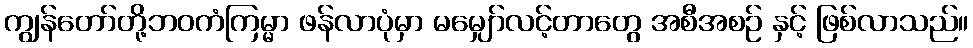
ကျွန်တော်တို့ဘဝကံကြမ္မာ ဖန်လာပုံမှာ မမျှော်လင့်တာတွေ အစီအစဉ် နှင့် ဖြစ်လာသည်။